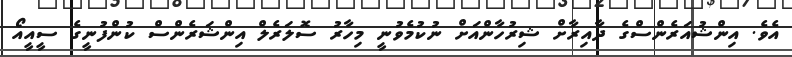
އެވެ. އިންޝުއަރެންސްގެ ދާއިރާށް ޝިރުހާންއަށް ނުކުމެވުނީ މިހާރު ސޮލަރެލް އިންޝަރެންސް ކުންފުނީގެ ސީއީއޯ